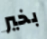
بخير